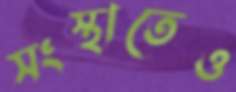
সংস্থাতেও